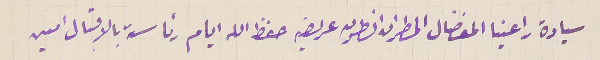
سيادة راعينا المفضال المطران انطون عريضه حفظ الله ايام رئاسته بالاقبال امين